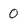
Character: 0